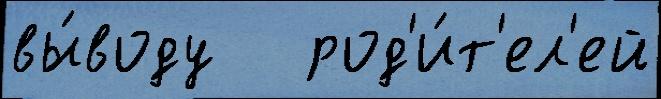
вы́воду   род'и́т'ел'ей